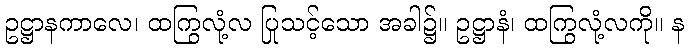
ဥဋ္ဌာနကာလေ၊ ထကြွလုံ့လ ပြုသင့်သော အခါ၌။ ဥဋ္ဌာနံ၊ ထကြွလုံ့လကို။ န